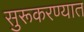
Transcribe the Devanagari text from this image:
सुरूकरण्यात